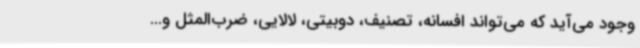
وجود می‌آید که می‌تواند افسانه، تصنیف، دوبیتی، لالایی، ضرب‌المثل و...